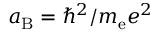
a _ { \mathrm { B } } = \hbar ^ { 2 } / m _ { \mathrm { e } } e ^ { 2 }